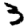
Digit: 3